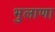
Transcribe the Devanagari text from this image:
भुलाणा